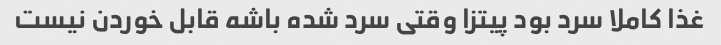
غذا کاملا سرد بود پیتزا وقتی سرد شده باشه قابل خوردن نیست